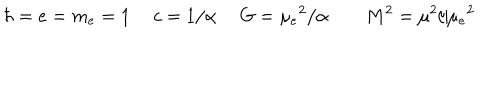
LaTeX: \hbar = e = m _ { e } = 1 ~ ~ c = 1 / \alpha ~ ~ G = \mu _ { e } { } ^ { 2 } / \alpha ~ ~ M ^ { 2 } = \mu ^ { 2 } / \mu _ { e } { } ^ { 2 }